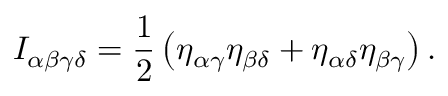
I _ { \alpha \beta \gamma \delta } = \frac { 1 } { 2 } \left( \eta _ { \alpha \gamma } \eta _ { \beta \delta } + \eta _ { \alpha \delta } \eta _ { \beta \gamma } \right) .